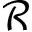
\mathcal { R }